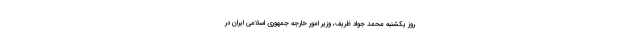
روز یکشنبه محمد جواد ظریف، وزیر امور خارجه جمهوری اسلامی ایران در